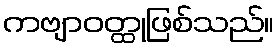
ကဗျာဝတ္ထုဖြစ်သည်။